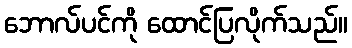
ဘောလ်ပင်ကို ထောင်ပြလိုက်သည်။